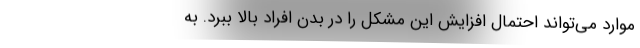
موارد می‌تواند احتمال افزایش این مشکل را در بدن افراد بالا ببرد. به